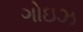
ગોઇઝ